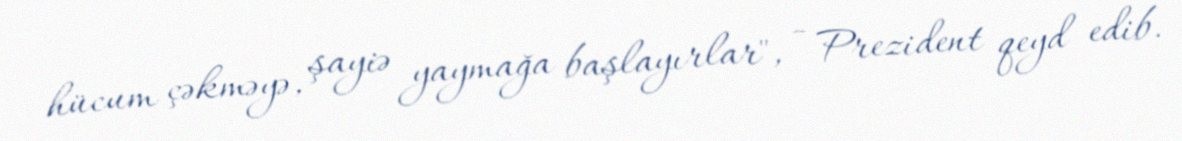
hücum çəkməyə, şayiə yaymağa başlayırlar", - Prezident qeyd edib.